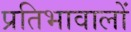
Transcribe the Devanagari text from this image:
प्रतिभावालों